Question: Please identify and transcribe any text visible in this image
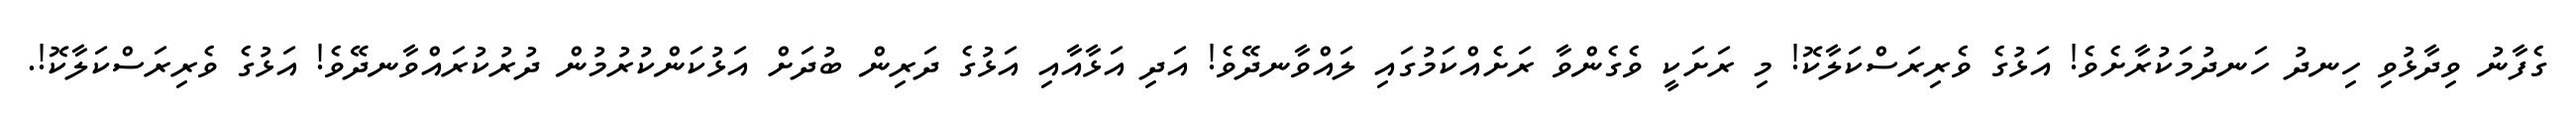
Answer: ގެފާނު ވިދާޅުވި ހިނދު ހަނދުމަކުރާށެވެ! އަޅުގެ ވެރިރަސްކަލާކޮ! މި ރަށަކީ ވެގެންވާ ރަށެއްކަމުގައި ލައްވާނދޭވެ! އަދި އަޅާއާއި އަޅުގެ ދަރިން ބުދަށް އަޅުކަންކުރުމުން ދުރުކުރައްވާނދޭވެ! އަޅުގެ ވެރިރަސްކަލާކޮ!.